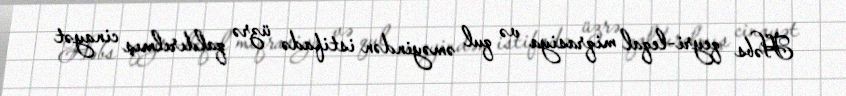
Həbs qeyri-leqal miqrasiya və qul əməyindən istifadə üzrə qaldırılmış cinayət